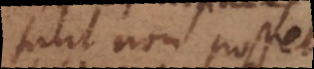
sunt non posset